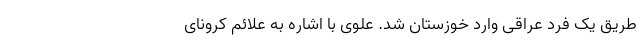
طریق یک فرد عراقی وارد خوزستان شد. علوی با اشاره به علائم کرونای